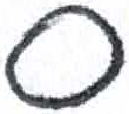
אות: ס